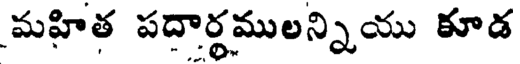
మహిత పదార్థములన్నియు కూడ